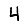
Digit: 4